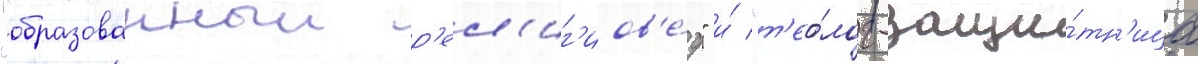
"образованныи р'ел'иг'иов'е́д" и́ "т'ео́лог-защи́тн'ица